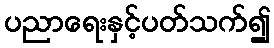
ပညာရေးနှင့်ပတ်သက်၍